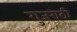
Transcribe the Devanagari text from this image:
गुजराठी